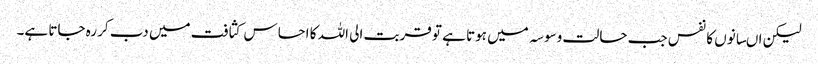
لیکن اںسانوں کا نفس جب حالت وسوسہ میں ہوتا ہے تو قربت الی اللہ کا احساس کثافت میں دب کر رہ جاتا ہے۔